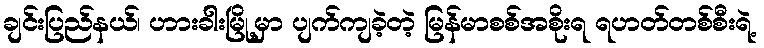
ချင်းပြည်နယ်၊ ဟားခါးမြို့မှာ ပျက်ကျခဲ့တဲ့ မြန်မာစစ်အစိုးရ ရဟတ်တစ်စီးရဲ့